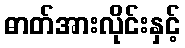
ဓာတ်အားလိုင်းနှင့်